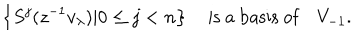
\left\{ S ^ { j } ( z ^ { - 1 } v _ { \lambda } ) | 0 \leq j < n \right\} \quad \mathrm { i s ~ a ~ b a s i s ~ o f } \quad V _ { - 1 } .